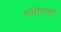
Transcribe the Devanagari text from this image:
वर्षमैरावतं